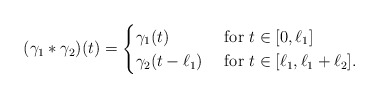
\begin{align*}(\gamma_1*\gamma_2)(t)=\begin{cases}\gamma_1(t) & \hbox{ for } t\in [0,\ell_1]\\\gamma_2(t-\ell_1) &\hbox{ for }t\in [\ell_1,\ell_1+\ell_2].\end{cases}\end{align*}